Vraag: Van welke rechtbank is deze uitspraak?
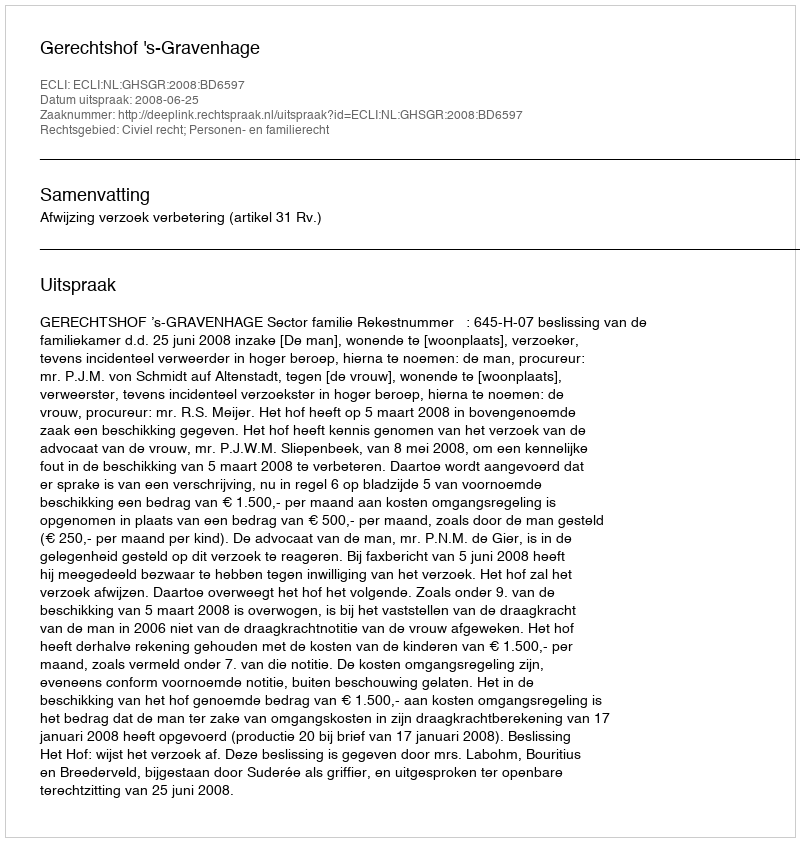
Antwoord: Gerechtshof 's-Gravenhage